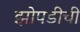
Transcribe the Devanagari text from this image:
झोपडीची